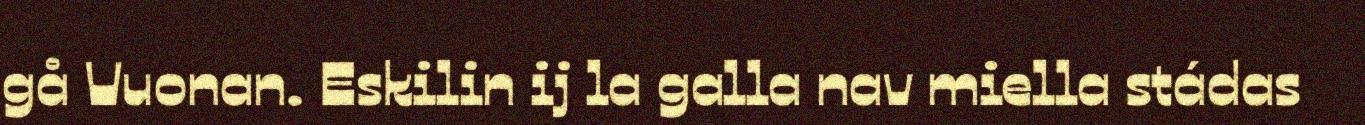
gå Vuonan. Eskilin ij la galla nav miella stádas